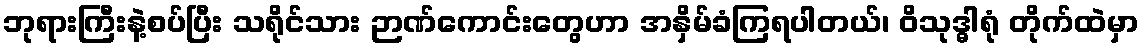
ဘုရားကြီးနဲ့စပ်ပြီး သရိုင်သား ဉာဏ်ကောင်းတွေဟာ အနှိမ်ခံကြရပါတယ်၊ ဝိသုဒ္ဓါရုံ တိုက်ထဲမှာ